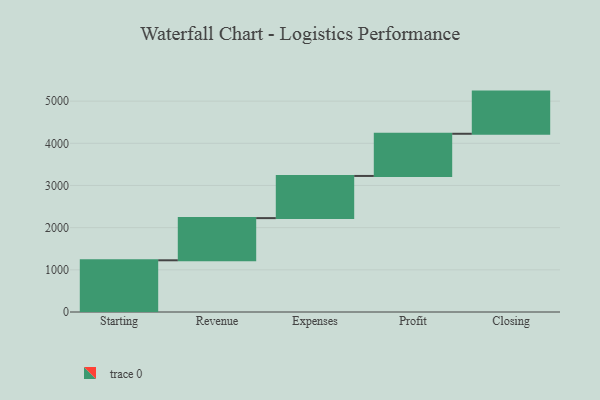
{"axis": {"x": "Step", "y": "Value"}, "legend": [""], "data": [{"x": "Starting", "y": 1226.0, "type": ""}, {"x": "Revenue", "y": 1000, "type": ""}, {"x": "Expenses", "y": 1000, "type": ""}, {"x": "Profit", "y": 1000, "type": ""}, {"x": "Closing", "y": 1000, "type": ""}]}